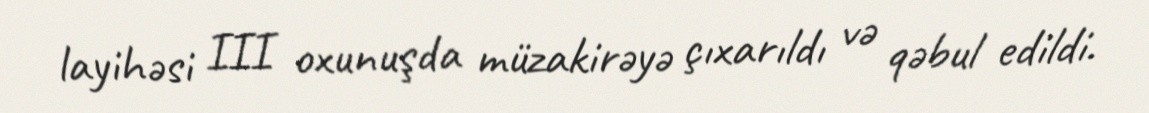
layihəsi III oxunuşda müzakirəyə çıxarıldı və qəbul edildi.